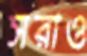
সরাও